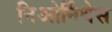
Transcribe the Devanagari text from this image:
निओर्निथेस